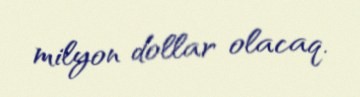
milyon dollar olacaq.